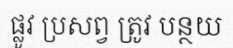
ផ្លូវ ប្រសព្វ ត្រូវ បន្ថយ